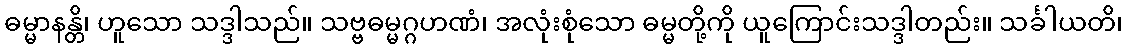
ဓမ္မာနန္တိ၊ ဟူသော သဒ္ဒါသည်။ သဗ္ဗဓမ္မဂ္ဂဟဏံ၊ အလုံးစုံသော ဓမ္မတို့ကို ယူကြောင်းသဒ္ဒါတည်း။ သင်္ခါယတိ၊